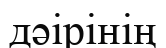
дәірінің